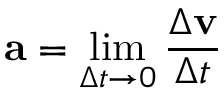
\mathbf { a } = \operatorname* { l i m } _ { \Delta t \to 0 } { \frac { \Delta \mathbf { v } } { \Delta t } }